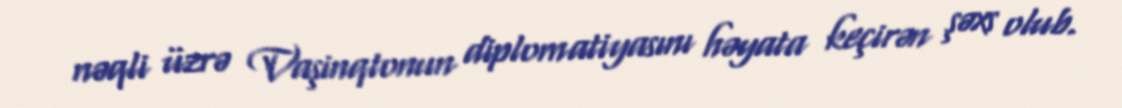
nəqli üzrə Vaşinqtonun diplomatiyasını həyata keçirən şəxs olub.